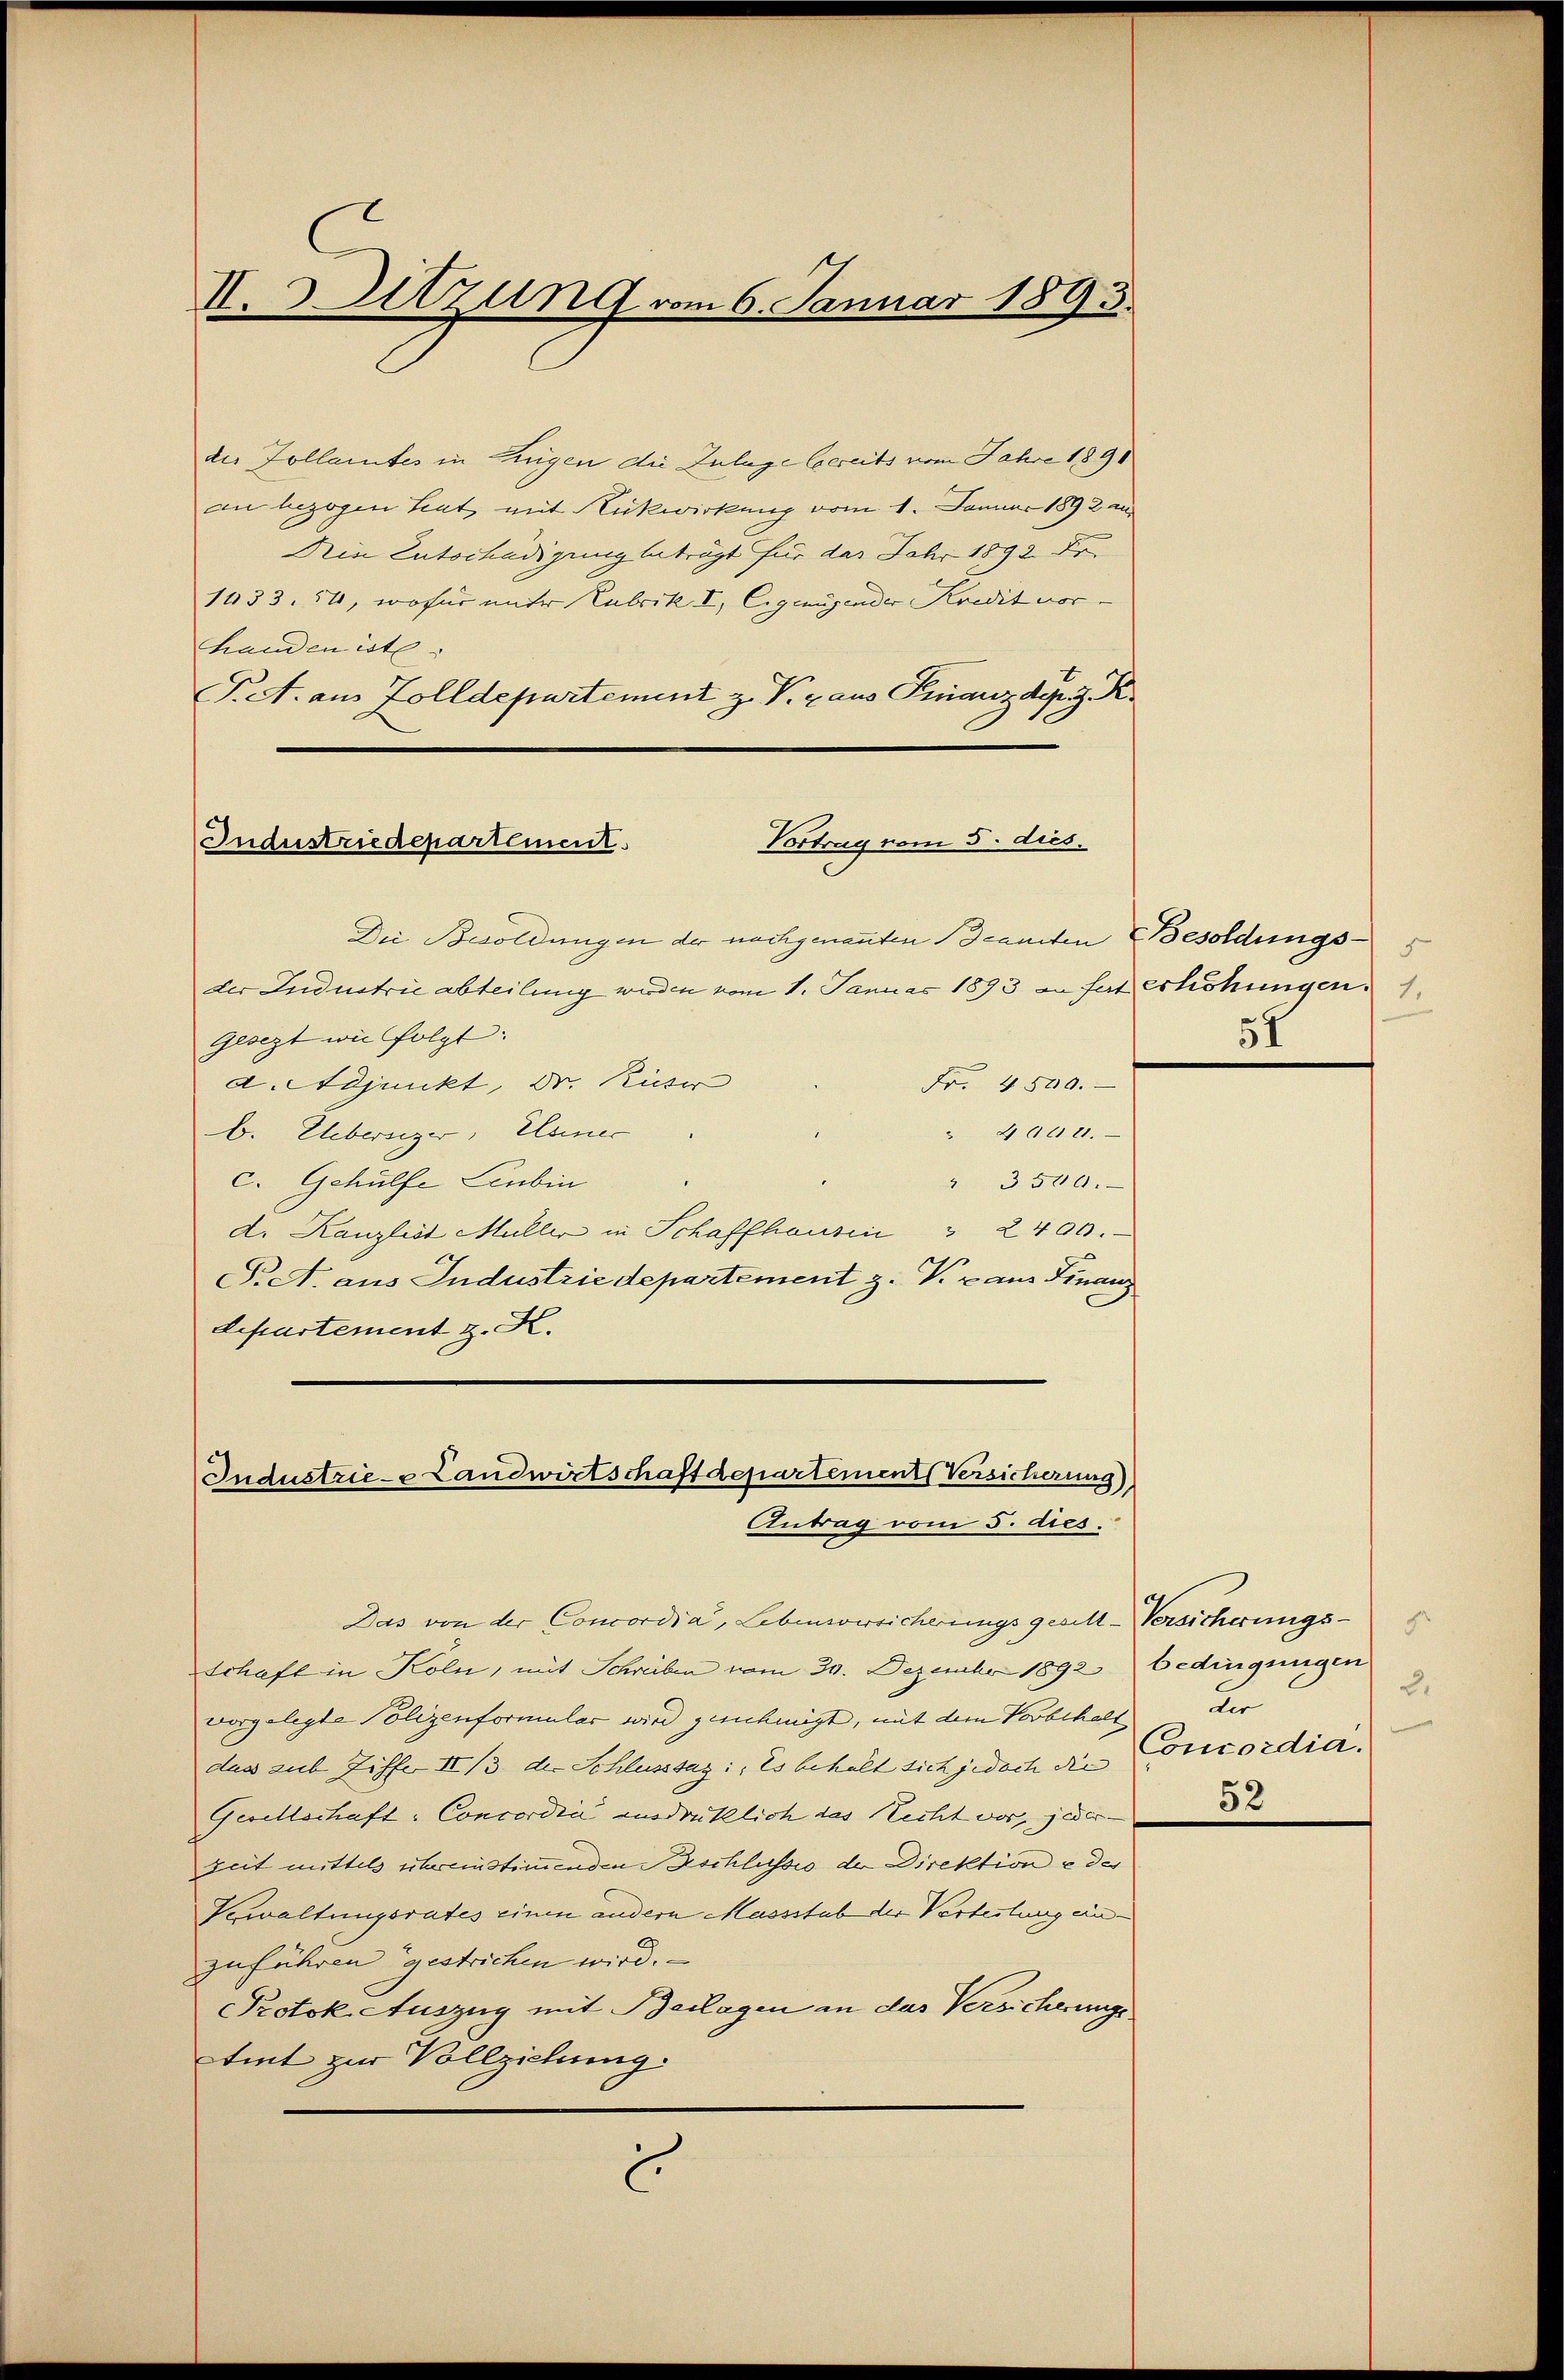
II. Setzung vom 6. Januar 1893.

die Zollamtes in Zungen die Zulage bereits vom Jahre 1891
an bezogen hat mit Rückwirkung vom 1. Januar 1892 au
Dein Entschädigung beträgt für das Jahr 1892. Fr
1433. 54, wofür unter Rubrik I, Eigenügender Kredit vorchanden ist
T. A. aus Zolldepartement z. P. raus Finanzdepriz. R.
Die Besoldungen der nachgenannten canten Besoldungs- 5
der Industrie abteilung werden vom 1. Januar 1893 an hat Erhöhungen 1
Gesezt wie folgt.
d. Adjunkt, Dr. Kuser
Fr. 4500.
" 400 21.
b. Uebersizer, Elsener
c. Gehülfe Linbin
" 3500.
d. Kanzlist Müller in Schaffhausin " 2400.
S. A. aus Industrie departement z. V. van Finanz
Separtement z. K.

Vortrag vom 5. dies.
Industriedepartement.

Industrie- Landwirtschaft departement Versicherung)
Antrag vom 5. dies.

Das von der Concordia, Lebensversicherungsgesell-Versicherungs-
Schaft in Köln, mit Schreiben vom 30. Dezember 1892 bedingungen
vorgelegte Polizenformular wird genehmigt, mit dem Vorbehalt
dass sub. Ziffe II 13 der Schlusssaz: Es behalt sich jedoch die
Gesellschaft: Concordia ausdrüklich das Recht vor, jeder-
zeit mittels übereinstimmenden Beschlusses der Direktion u des
Verwaltungsrates einen andern Massstab der Verleitung einzuführen gestrichen wird.
Protok. Auszug mit Beilagen an das Versicherungs
tint zur Vollziehung.
.

5

2
der
Concordia.
52